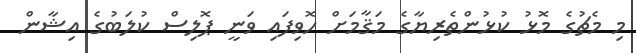
މި މެޗުގެ މޮޅު ކުޅުންތެރިޔާގެ މަޤާމަށް ހޮވިފައި ވަނީ ޕޮލިސް ކުލަބުގެ އިޝާާން